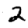
Digit: 2